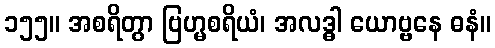
၁၅၅။ အစရိတွာ ဗြဟ္မစရိယံ၊ အလဒ္ဓါ ယောဗ္ဗနေ ဓနံ။